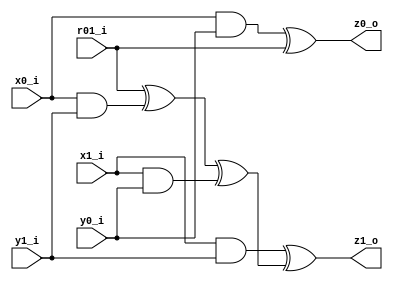
module SecAnd
(   
    input x0_i,
    input x1_i,
    input y0_i,
    input y1_i,
    input r01_i,
    output z0_o,
    output z1_o);

    reg r10 = (r01_i ^ (x0_i & y1_i)) ^ (x1_i & y0_i);
    assign z0_o = (x0_i & y0_i) ^ r01_i;
    assign z1_o = (x1_i & y1_i) ^ r10;
    
endmodule